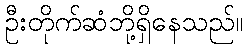
ဦးတိုက်ဆံဘို့ရှိနေသည်။